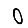
Digit: 0